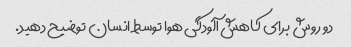
دو روش برای کاهش آلودگی هوا توسط انسان توضیح دهید.